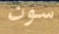
سون